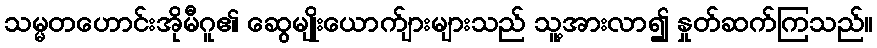
သမ္မတဟောင်းအိုမီဂူ၏ ဆွေမျိုးယောက်ျားများသည် သူ့အားလာ၍ နှုတ်ဆက်ကြသည်။